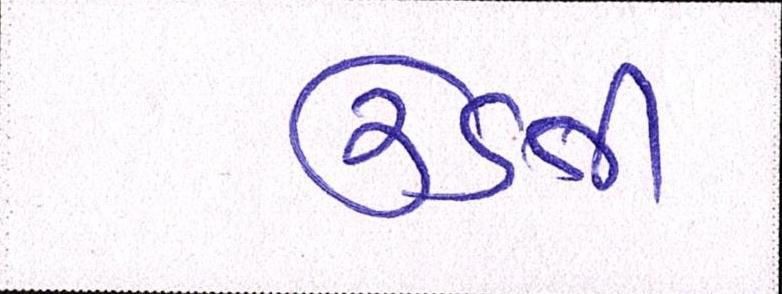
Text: ઉડતી